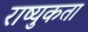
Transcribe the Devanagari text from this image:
राष्युकता